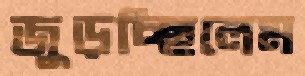
জুড়চ্ছিলেম